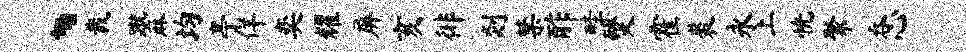
、裁蹴麻均亭佯奕耀屏亥徘剡禁酢畦燹霍裘永上恍聚吞心